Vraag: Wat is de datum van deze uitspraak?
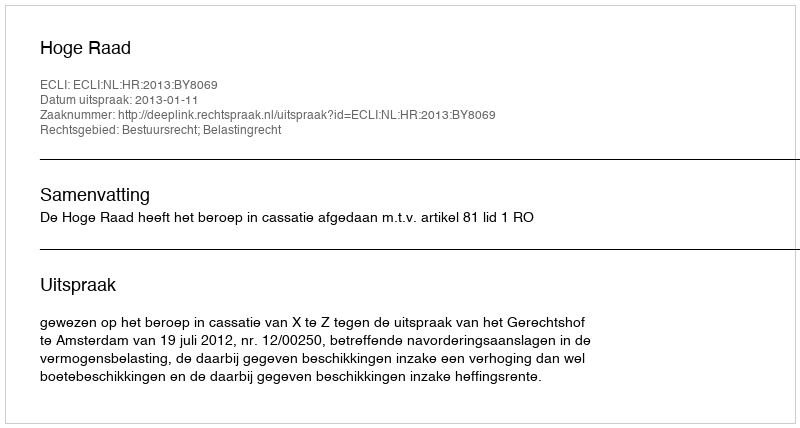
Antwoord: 2013-01-11